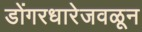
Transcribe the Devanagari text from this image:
डोंगरधारेजवळून